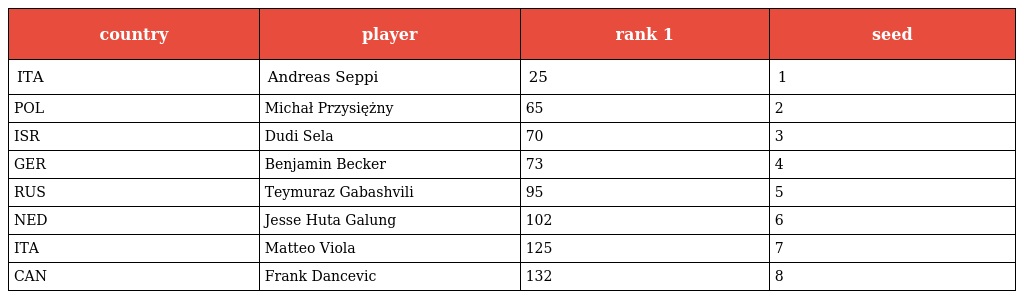
| country | player | rank 1 | seed |
 | --- | --- | --- | --- |
 | ITA | Andreas Seppi | 25 | 1 |
 | POL | Michał Przysiężny | 65 | 2 |
 | ISR | Dudi Sela | 70 | 3 |
 | GER | Benjamin Becker | 73 | 4 |
 | RUS | Teymuraz Gabashvili | 95 | 5 |
 | NED | Jesse Huta Galung | 102 | 6 |
 | ITA | Matteo Viola | 125 | 7 |
 | CAN | Frank Dancevic | 132 | 8 |